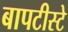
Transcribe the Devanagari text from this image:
बापटीस्टे